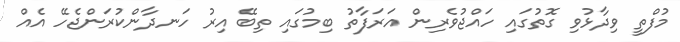
މުފްތީ ވިދާޅުވި ގޮތުގައި ހައްޖުވެރިން އަރަފާތު ބިމުގައި ތިބޭ އިރު ހަނދާންކުރަންޖެހޭ އެއް